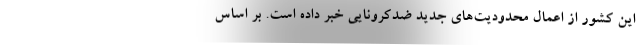
این کشور از اعمال محدودیت‌های جدید ضدکرونایی خبر داده است. بر اساس